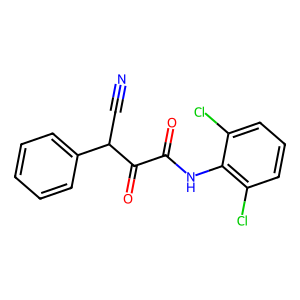
SMILES: N#CC(C(=O)C(=O)Nc1c(Cl)cccc1Cl)c1ccccc1
Inhibits HIV replication: No